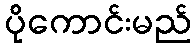
ပိုကောင်းမည်